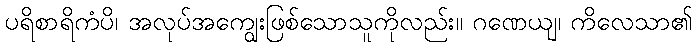
ပရိစာရိကံပိ၊ အလုပ်အကျွေးဖြစ်သောသူကိုလည်း။ ဂဏေယျ၊ ကိလေသာ၏